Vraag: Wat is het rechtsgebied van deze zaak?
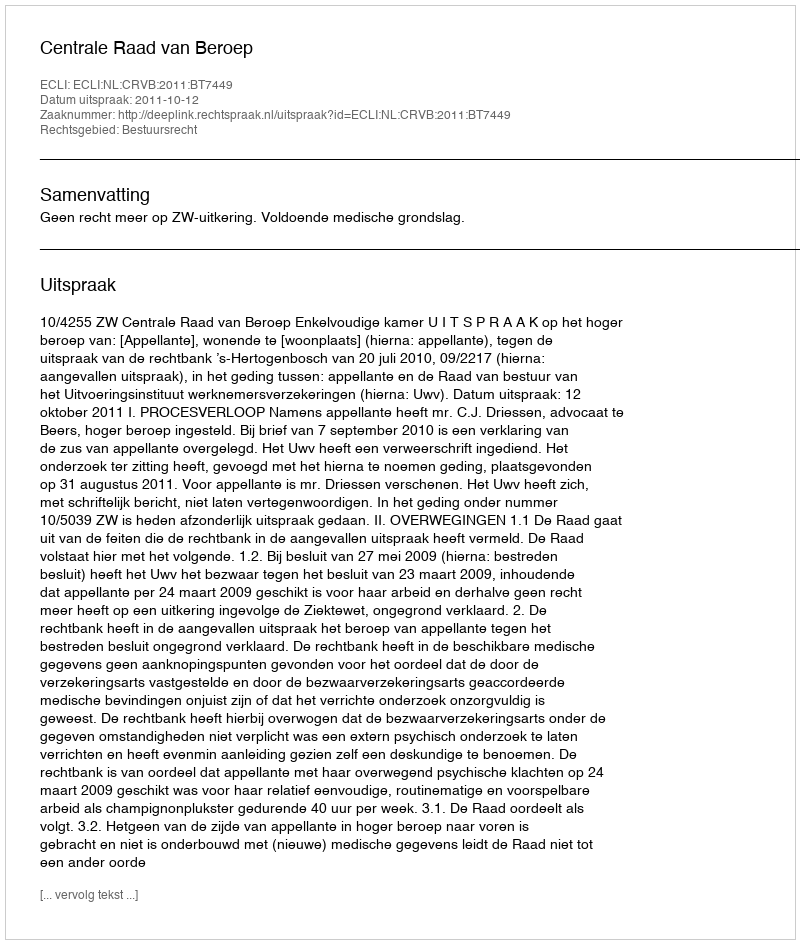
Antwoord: Bestuursrecht